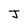
Character: J